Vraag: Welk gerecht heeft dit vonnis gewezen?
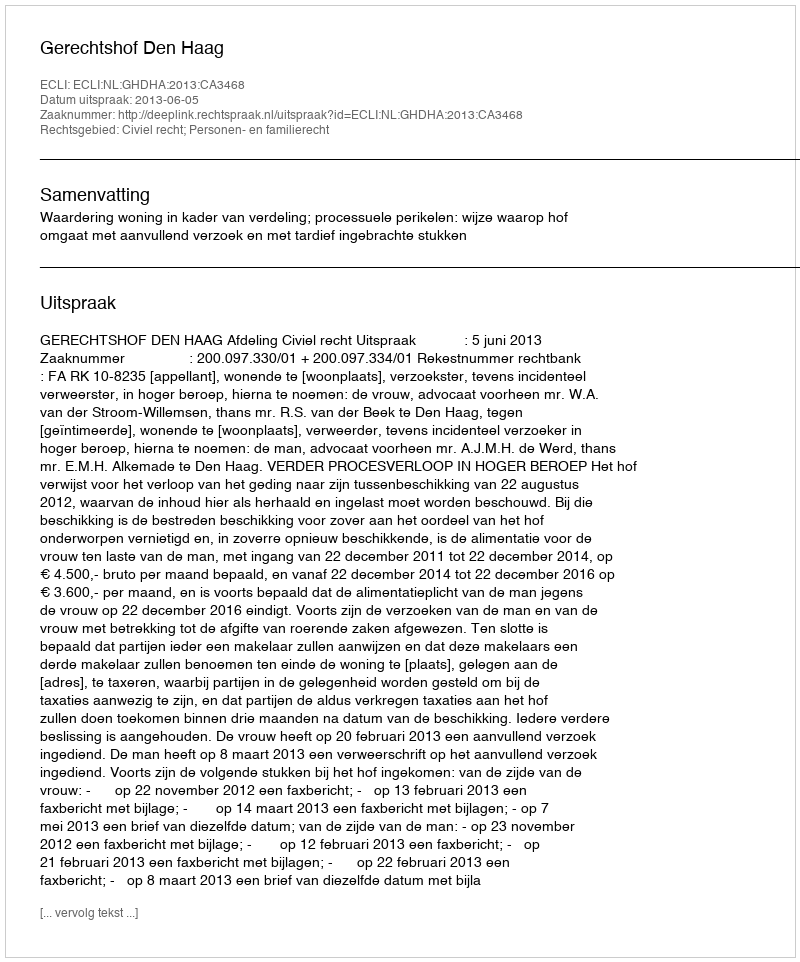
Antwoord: Gerechtshof Den Haag